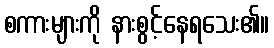
စကားများကို နားစွင့်နေရသေး၏။